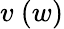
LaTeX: v~(w)